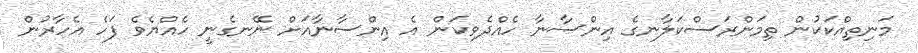
މަނިތިއްކަކުން ތިމަންރަސްކަލާނގެ އިންސާނާ ހެއްދެވިކަން އެ އިންސާނާއަށް ނޭނގެނީ ހެއްޔެވެ ފަހެ އެހާރުން